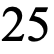
25